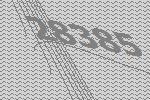
28385